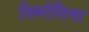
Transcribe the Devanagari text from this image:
तिलोत्तिमा